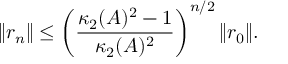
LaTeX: \| r _ { n } \| \leq \left( { \frac { \kappa _ { 2 } ( A ) ^ { 2 } - 1 } { \kappa _ { 2 } ( A ) ^ { 2 } } } \right) ^ { n / 2 } \| r _ { 0 } \| .